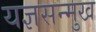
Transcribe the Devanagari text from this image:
यज्ञसन्मुख